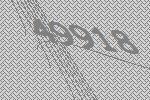
49918